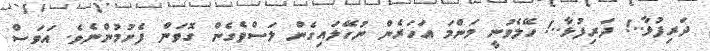
ދަރިފުޅާ..! ދަރިފުޅާ..! ހޭލެވުނީ މަންމަ އަހަރެން ނުހޭލައިގެން ލަސްވެގެން ގޮވަން ފެށުމުންނެވެ. އަވަސް